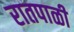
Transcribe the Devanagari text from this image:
रातपाळी